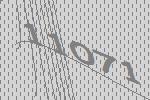
11071